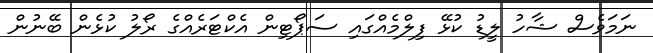
ނަމަވެސް ޝާހު ލީޑު ކުޅޭ ފިލްމެއްގައި ސަޕޯޓިން އެކްޓަރެއްގެ ރޯލު ކުޅެން ބޭނުން